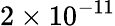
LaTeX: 2\times 10^{-11}